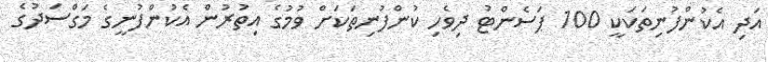
އަދި އެކުންފުނިތަކަކީ 100 ޕަސެންޓު ދިވެހި ކުންފުނިތަކަށް ވުމުގެ އިތުރުން އެކުންފުނީގެ މަގްސަދުގެ